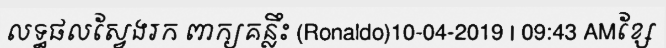
លទ្ធផលស្វែងរក ពាក្យគន្លឹះ (Ronaldo)10-04-2019 | 09:43 AMខ្សែ